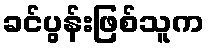
ခင်ပွန်းဖြစ်သူက